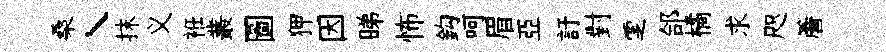
桑丶抹义袵叢圖狎因睇怖鈎呵眉亞訏對覂郃橘求咫簷